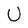
Character: U